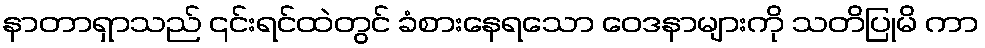
နာတာရှာသည် ၎င်းရင်ထဲတွင် ခံစားနေရသော ဝေဒနာများကို သတိပြုမိ ကာ